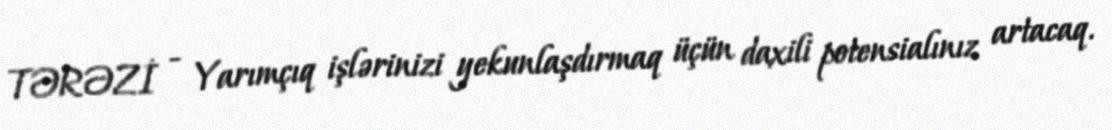
TƏRƏZİ - Yarımçıq işlərinizi yekunlaşdırmaq üçün daxili potensialınız artacaq.